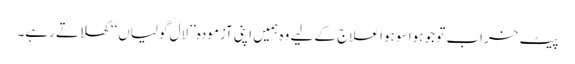
پیٹ خراب تو جو ہوا سو ہوا علاج کے لیے وہ ہمیں اپنی آزمودہ ’’لال گولیاں‘‘ کھلاتے رہے۔